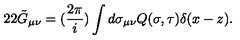
2 2 \tilde { G } _ { \mu \nu } = ( \frac { 2 \pi } { i } ) \int d \sigma _ { \mu \nu } Q ( \sigma , \tau ) \delta ( x - z ) .